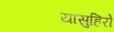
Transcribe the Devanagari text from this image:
यासुहिरो